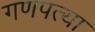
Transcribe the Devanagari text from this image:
गणपत्या